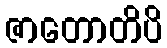
ဇာတောတိပိ